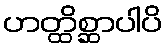
ဟတ္ထိစ္ဆာပါပိ